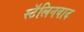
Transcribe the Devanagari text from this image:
स्टॅलिनवाद